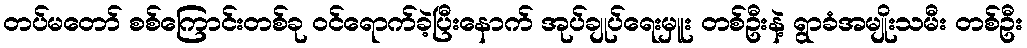
တပ်မတော် စစ်ကြောင်းတစ်ခု ဝင်ရောက်ခဲ့ပြီးနောက် အုပ်ချုပ်ရေးမှူး တစ်ဦးနဲ့ ရွာခံအမျိုးသမီး တစ်ဦး